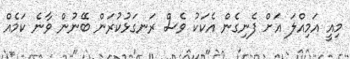
މިއީ އަމިއްލަ އަށް ފެނިގެން އެކަކު ވެސް ރަނގަޅުކުރަން ބޭނުން ވާނެ ކަމެއް